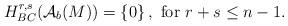
LaTeX: \begin{align*}H^{r,s}_{BC}(\mathcal{A}_b(M))=\{0\}\,,\,\,{\rm for}\,\,r+s\leq n-1.\end{align*}